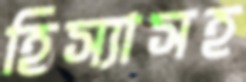
হিস্যাসহ